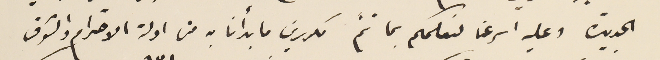
الجديدة وعليه اسرعنا لنعلمكم بما تمَ مكررين ما بدأنا به من ادلة الاحترام والشوق